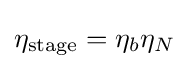
\eta _{\text{stage}}=\eta _{b}\eta _{N}